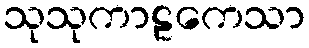
သုသုကာဠကေသာ